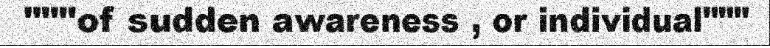
"""of sudden awareness , or individual"""